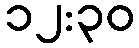
၁၂:၃၀